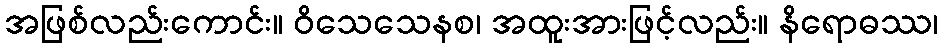
အဖြစ်လည်းကောင်း။ ဝိသေသေနစ၊ အထူးအားဖြင့်လည်း။ နိရောဓဿ၊